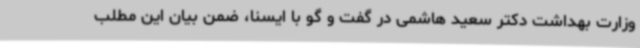
وزارت بهداشت دکتر سعید هاشمی در گفت و گو با ایسنا، ضمن بیان این مطلب